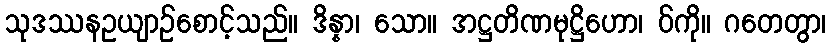
သုဒဿနဥယျာဉ်စောင့်သည်။ ဒိန္နာ၊ သော။ အဋ္ဌတိဏမုဋ္ဌိဟော၊ ဝ်ကို။ ဂတေတွာ၊